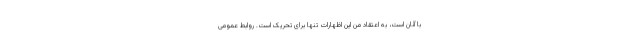
با آنان است، به اعتقاد من این اظهارات تنها برای تحریک است. روابط عمومی